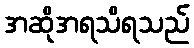
အဆိုအရသိရသည်